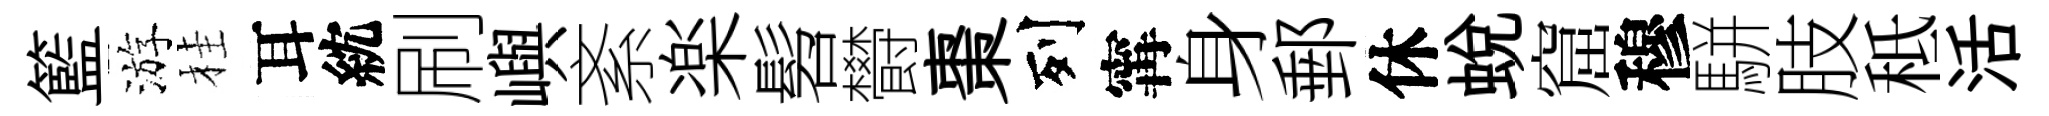
籃游桂耳紞刷嶼紊楽髫欎棗列𡩋身郵休蛻窟穆駢肢秪活